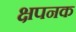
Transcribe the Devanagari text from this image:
क्षपनक